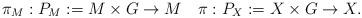
LaTeX: \begin{align*}\pi_M:P_M:=M\times G\rightarrow M\quad\pi: P_X:=X\times G\rightarrow X.\end{align*}